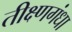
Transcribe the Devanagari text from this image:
तीक्ष्णगंधा